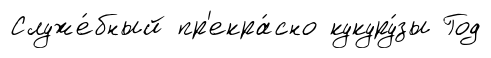
Служе́бный пр'екра́сно кукуру́зы Год